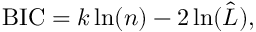
\mathrm { B I C } = k \ln ( n ) - 2 \ln ( \hat { L } ) ,